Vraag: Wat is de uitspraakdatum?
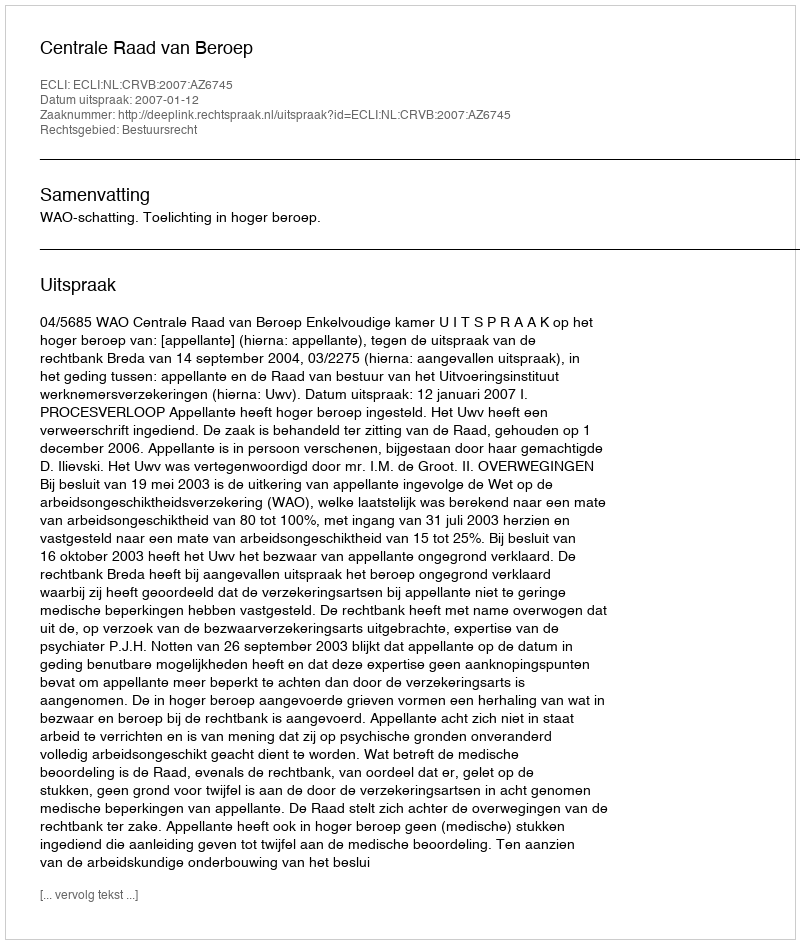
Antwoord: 2007-01-12